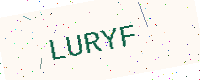
Text: LURYF